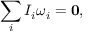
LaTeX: \sum _ { i } I _ { i } { \boldsymbol { \omega } } _ { i } = \mathbf { 0 } ,